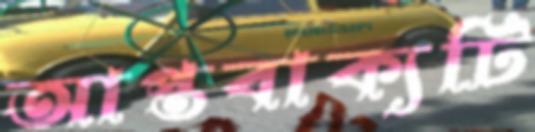
আপ্তবাক্যটি